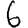
Digit: 6